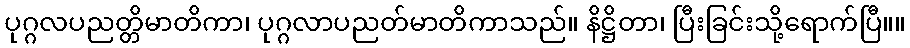
ပုဂ္ဂလပညတ္တိမာတိကာ၊ ပုဂ္ဂလာပညတ်မာတိကာသည်။ နိဋ္ဌိတာ၊ ပြီးခြင်းသို့ရောက်ပြီ။။